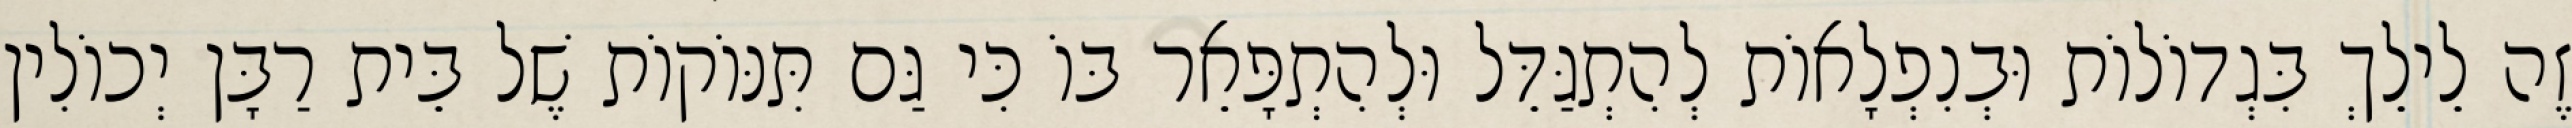
זֶה לֵילֵךְ בִּגְדוֹלוֹת וּבְנִפְלָאוֹת לְהִתְגַּדֵּל וּלְהִתְפָּאֵר בּוֹ כִּי גַּם תִּנּוֹקוֹת שֶׁל בֵּית רַבָּן יְכוֹלִין